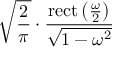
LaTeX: { \sqrt { \frac { 2 } { \pi } } } \cdot { \frac { \operatorname { r e c t } \left( { \frac { \omega } { 2 } } \right) } { \sqrt { 1 - \omega ^ { 2 } } } }